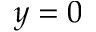
y = 0